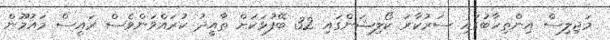
މަޖިލިސް އިންތިހާބުގައި ސަރުކާރު ކޯލިޝަންގައި 32 ބޭފުޅަކަށް ތާއީދު ކުރައްވަންވެސް ރައީސް މައުމޫން